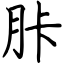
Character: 胩